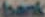
bank